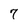
Character: 7